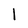
Character: I